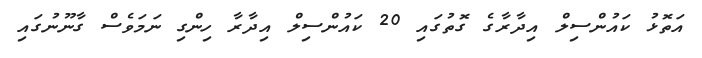
އަތޮޅު ކައުންސިލް އިދާރާގެ ގޮތުގައި 20 ކައުންސިލް އިދާރާ ހިންގި ނަމަވެސް ގާނޫނުގައި